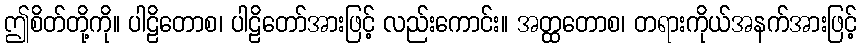
ဤစိတ်တို့ကို။ ပါဠိတောစ၊ ပါဠိတော်အားဖြင့် လည်းကောင်း။ အတ္ထတောစ၊ တရားကိုယ်အနက်အားဖြင့်